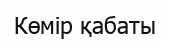
Көмір қабаты